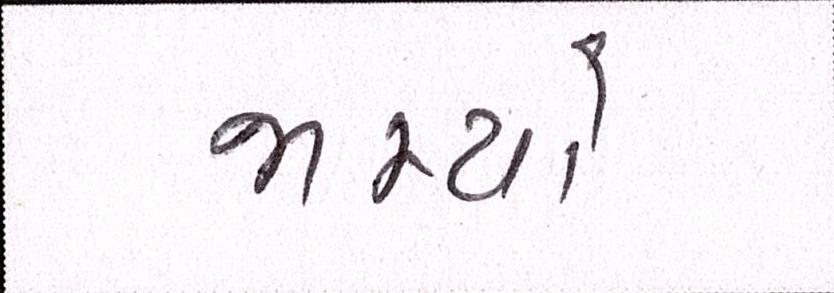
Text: જામ્યો